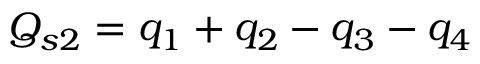
Q _ { s 2 } = q _ { 1 } + q _ { 2 } - q _ { 3 } - q _ { 4 }